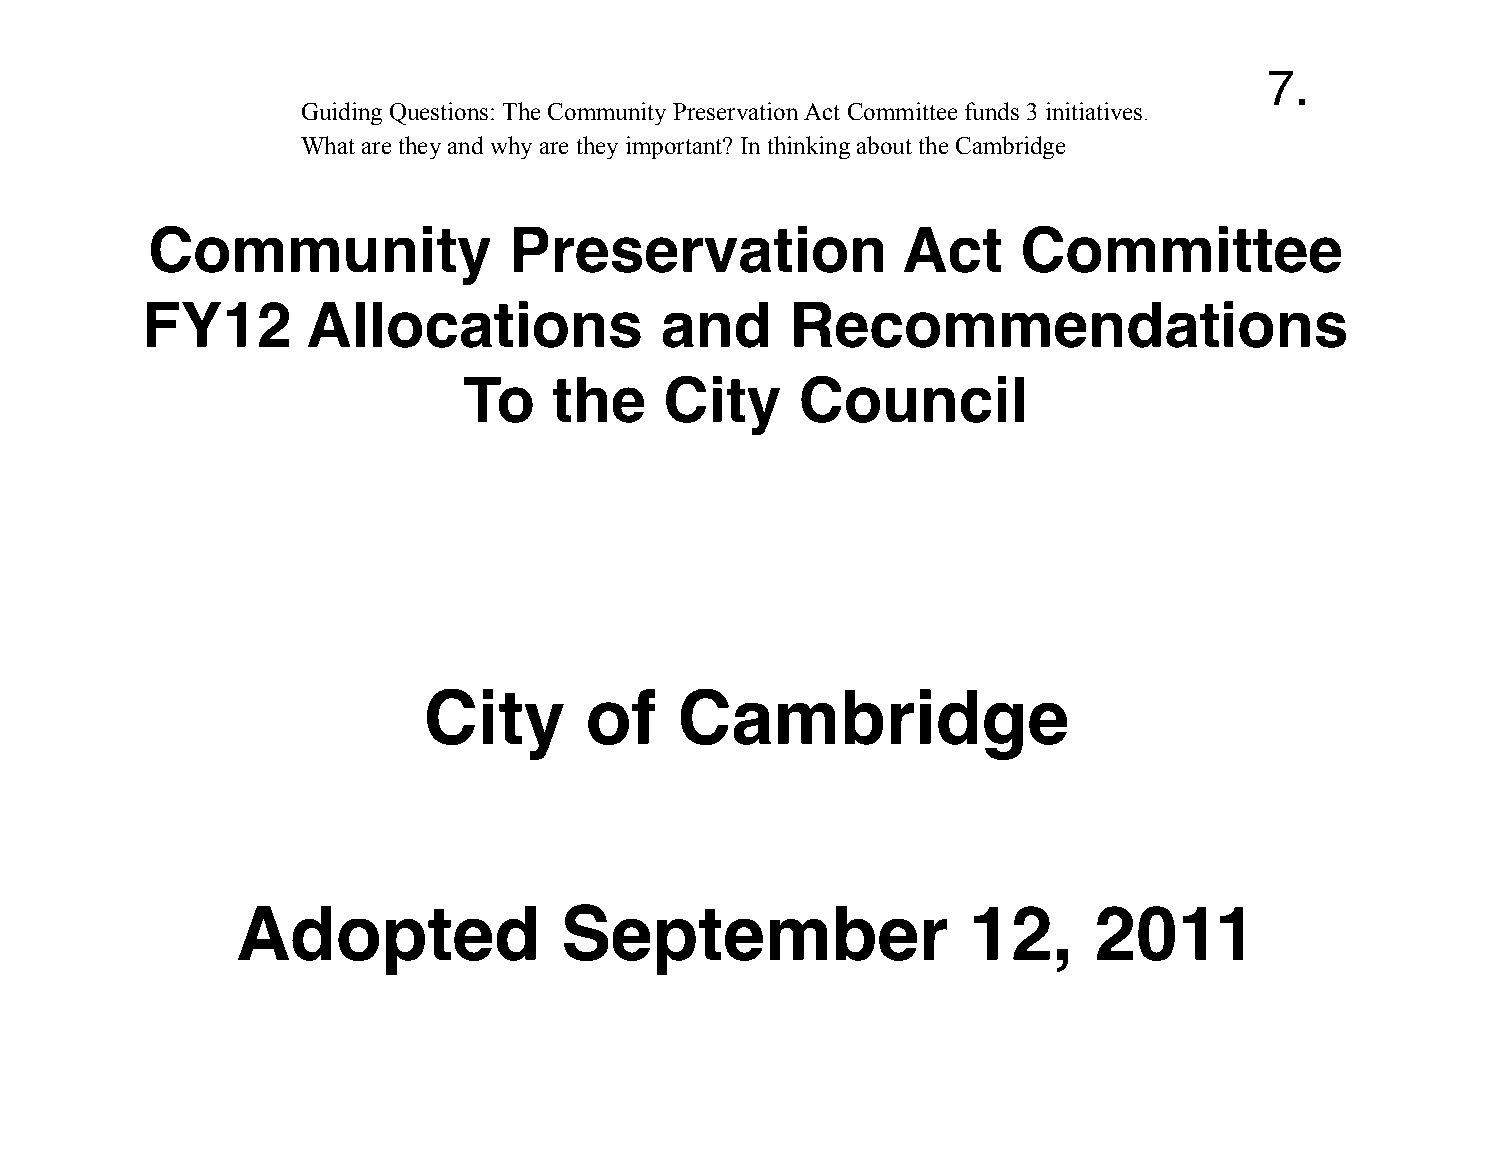
Community               Preservation              Act     Committee
 FY12       Allocations             and     Recommendations
 To    the    City     Council
 City       of    Cambridge
 Adopted              September                  12,     2011